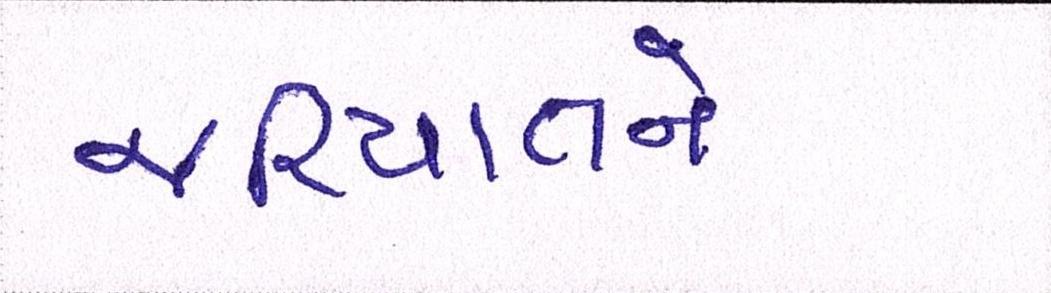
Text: જરિયાતને